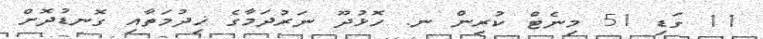
11 ގަޑި 51 މިނެޓް ކުރިން ނ. ހޮޅުދޫ ނަރުދަމާގެ ޚިދުމަތާއި ގޮނޑުދޮށް